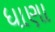
ધાણા